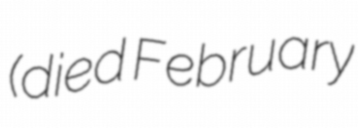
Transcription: (died February